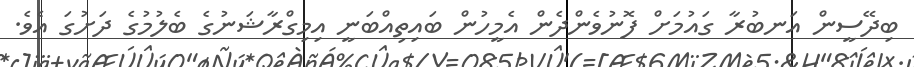
ބިދޭސީން އަނބުރާ ގައުމަށް ފޮނުވެންދެން އެމީހުން ބައިތިއްބަނީ އިމިގްރާޝަނުގެ ބެލުމުގެ ދަށުގަ އެވެ.